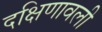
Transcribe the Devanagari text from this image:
दक्षिणावली